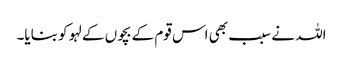
اللہ نے سبب بھی اس قوم کے بچوں کے لہو کو بنایا۔